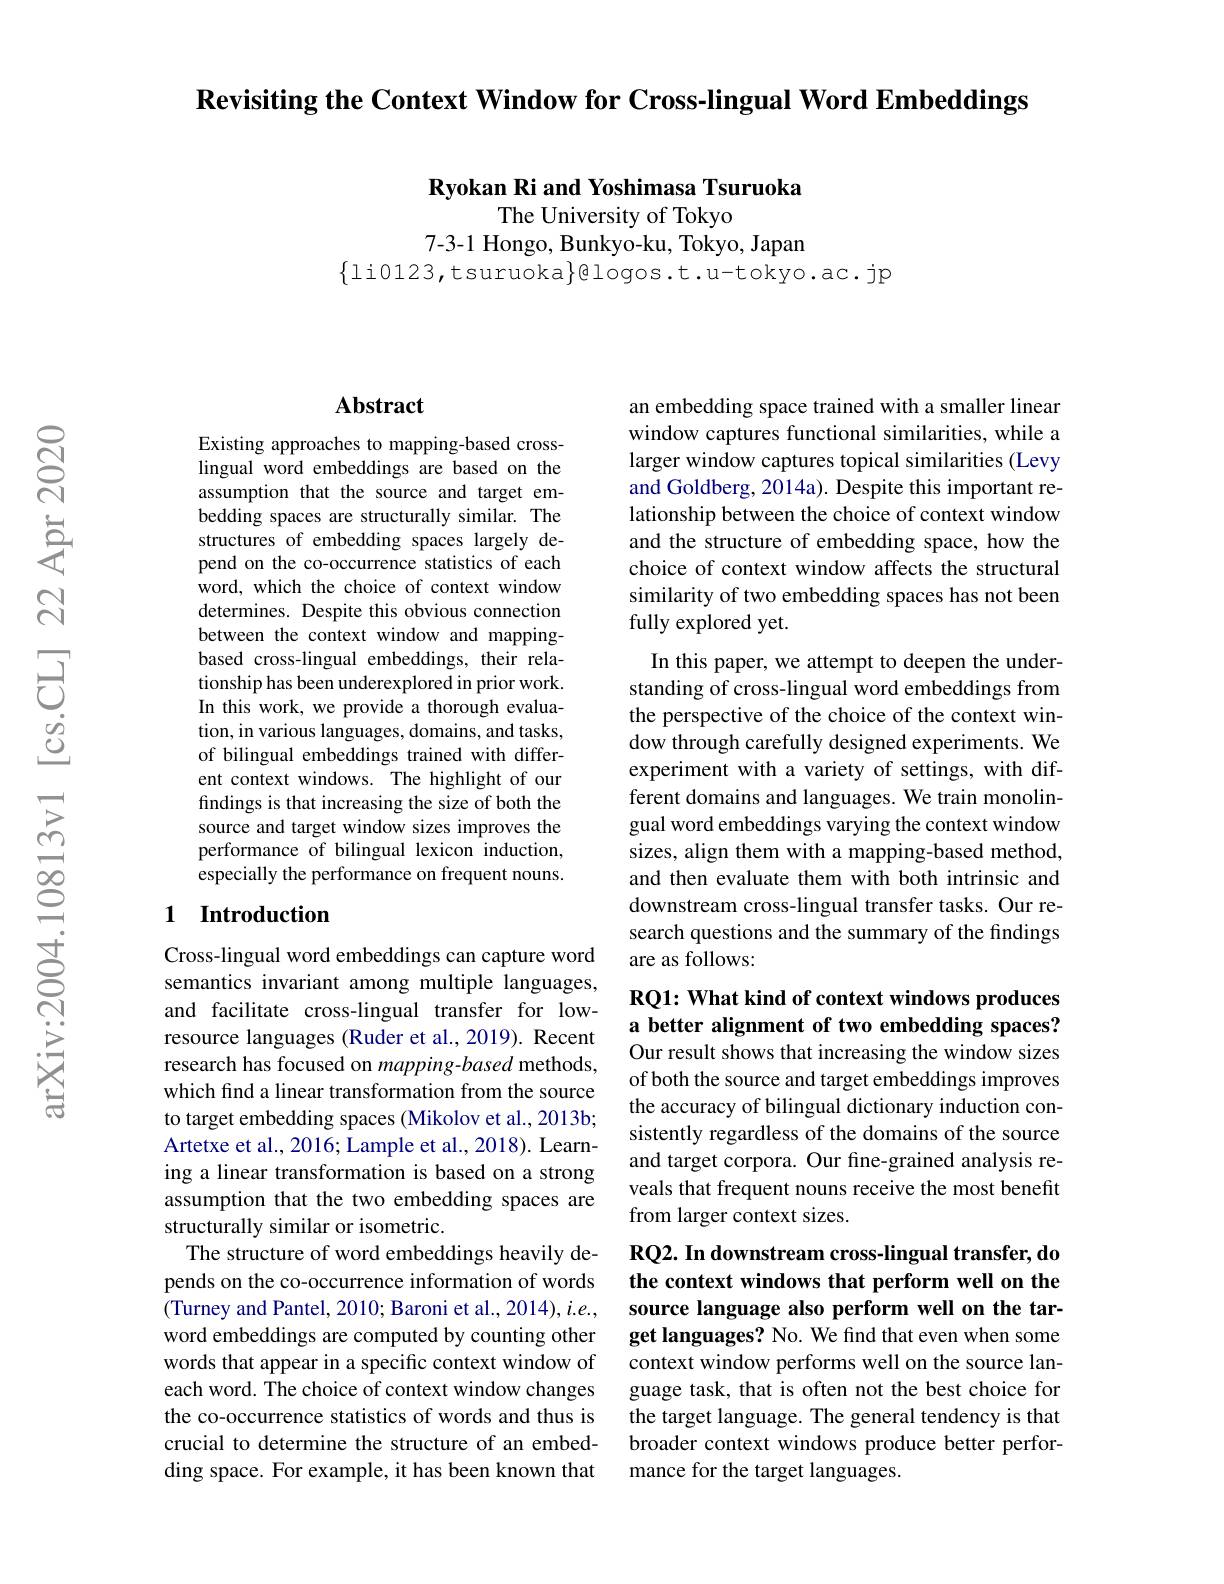
$\textbf{Revisiting the Context Window for Cross- lingual Word Embeddings}$

Ryokan Ri and Yoshimasa Tsuruoka

The University of Tokyo
7-3-1 Hongo, Bunkyo-ku, Tokyo, Japan
$\{$li0123,tsuruoka$\}$glogos.t.u-tokyo.ac.jp

## Abstract

Existing approaches to mapping-based crosslingual word embeddings are based on the assumption that the source and target embedding spaces are structurally similar. The structures of embedding spaces largely depend on the co-occurrence statistics of each word, which the choice of context window determines. Despite this obvious connection between the context window and mappingbased cross-lingual embeddings, their relationship has been underexplored in prior work. In this work, we provide a thorough evaluation, in various languages, domains, and tasks, of bilingual embeddings trained with different context windows. The highlight of our findings is that increasing the size of both the source and target window sizes improves the performance of bilingual lexicon induction, especially the performance on frequent nouns.

## 1 Introduction

Cross-lingual word embeddings can capture word semantics invariant among multiple languages, and facilitate cross-lingual transfer for lowresource languages (Ruder et al.,2019). Recent research has focused on mapping-based methods which find a linear transformation from the source to target embedding spaces (Mikolov et al., 2013b; Artetxe et al., 2016; Lample et al., 2018). Learning a linear transformation is based on a strong assumption that the two embedding spaces are structurally similar or isometric.
The structure of word embeddings heavily depends on the co-occurrence information of words (Turney and Pantel, 2010; Baroni et al., 2014), i.e., word embeddings are computed by counting other words that appear in a specific context window of each word. The choice of context window changes the co-occurrence statistics of words and thus is crucial to determine the structure of an embedding space. For example, it has been known that

an embedding space trained with a smaller linear window captures functional similarities, while a larger window captures topical similarities (Levy and Goldberg, 2014a). Despite this important relationship between the choice of context window and the structure of embedding space, how the choice of context window affects the structural similarity of two embedding spaces has not been fully explored yet.
In this paper, we attempt to deepen the understanding of cross-lingual word embeddings from the perspective of the choice of the context window through carefully designed experiments. We experiment with a variety of settings, with different domains and languages. We train monolingual word embeddings varying the context window sizes, align them with a mapping-based method, and then evaluate them with both intrinsic and downstream cross-lingual transfer tasks. Our research questions and the summary of the findings are as follows:

## RQ1: What kind of context windows produces a better alignment of two embedding spaces? Our result shows that increasing the window sizes

of both the source and target embeddings improves the accuracy of bilingual dictionary induction consistently regardless of the domains of the source and target corpora. Our fine-grained analysis reveals that frequent nouns receive the most benefit from larger context sizes.

## RQ2. In downstream cross-lingual transfer, do the context windows that perform well on the source language also perform well on the target languages? No. We find that even when some

context window performs well on the source language task, that is often not the best choice for the target language. The general tendency is that broader context windows produce better performance for the target languages.